画像に写った文字を読んでください
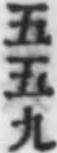
「五五九」と書いてあります